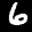
Label: 6